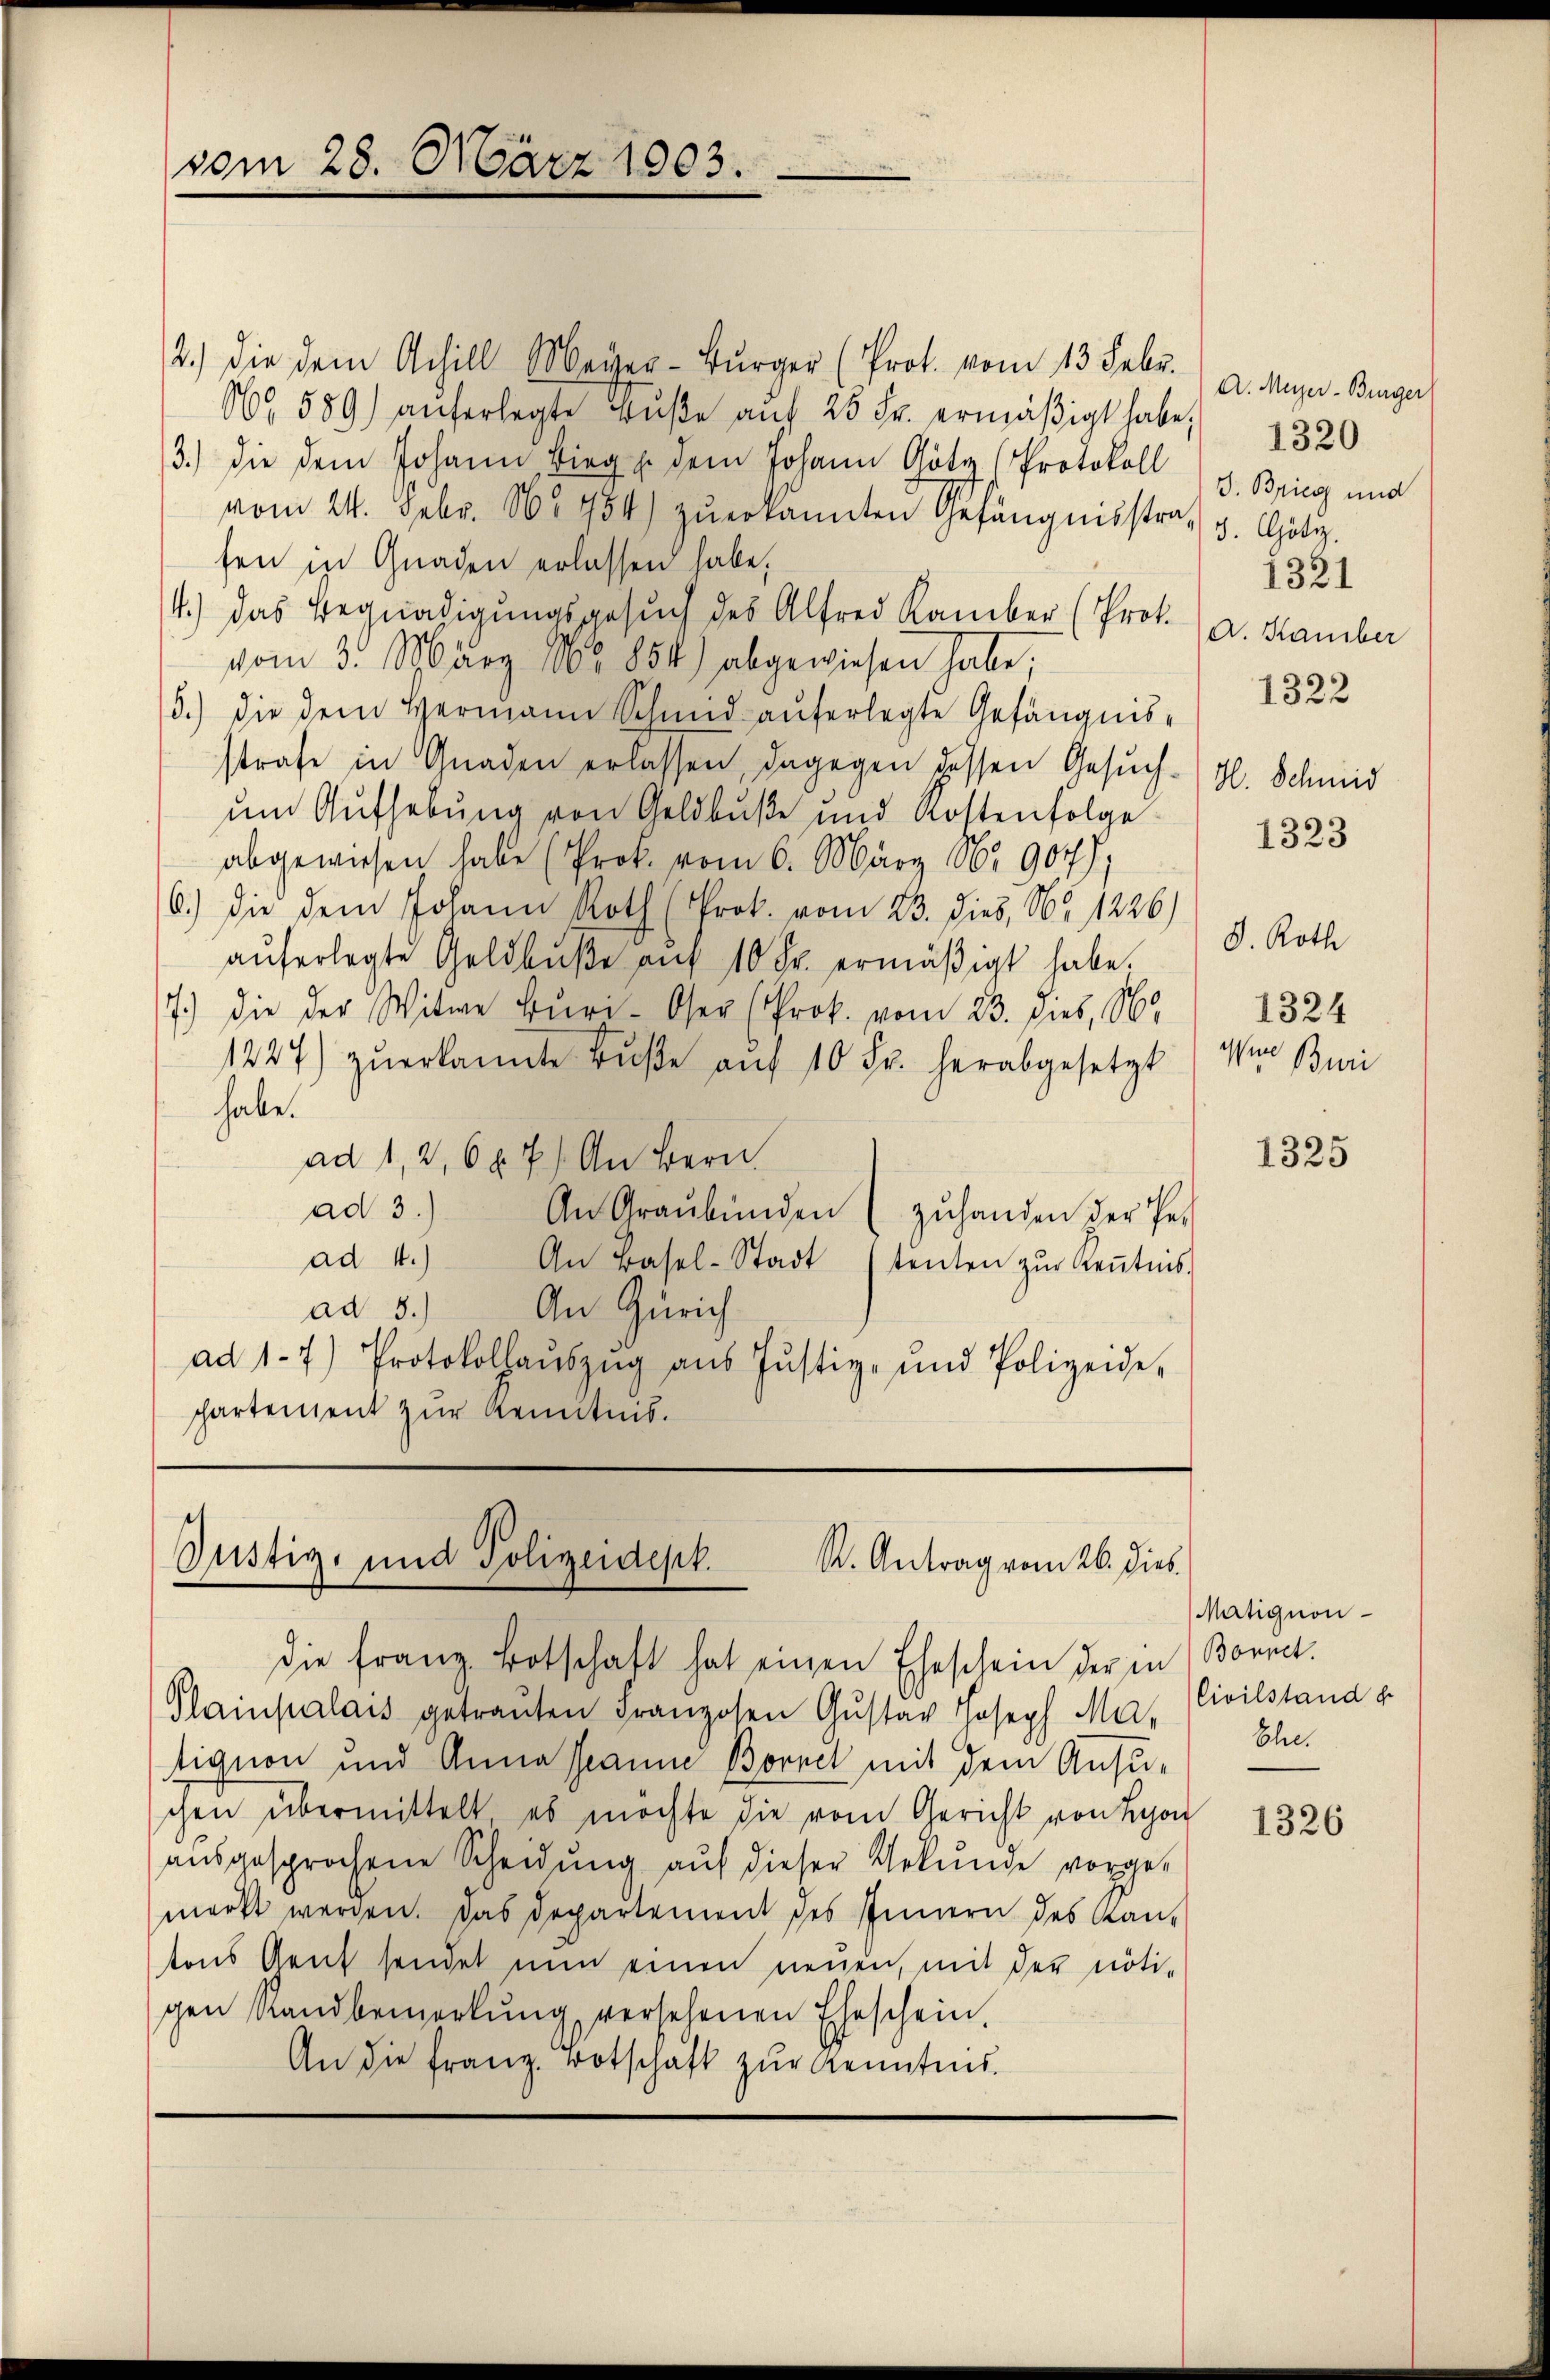
vom 28. März 1903.

2.) Die dem Achill Meyer-Bürger (Prot. vom 13. Febr.
N 589) auferlegte Bŭβe aŭf 25 Fr. ermäßigt habe,
3.) die dem Johann Bieg u. dem Johann Götz (Protokoll z. Brieg und
vom 24. Febr. 1754) zŭerkannten Gefängnisstrat v. Götz-
fen in Gnaden erlassen habe.
4.) Das Begnadigungsgesuch des Alfred Kamber (Prot.
vom 3. März 1865 854) abgewiesen habe,
5.) die dem Hermann Schend aŭferlegte Gefängnis-
strafe in Gnaden erlassen, dagegen dessen Gesuchum Aufhebung von Geldbuße und Kostenfolge
abgewiesen habe (Prok. vom 6. März 1907).
6.) Die dem Johann Roth (Prok. vom 23. dies, No 1226)
aŭferlegte Geldbŭβe aŭf 10 Fr. ermäßigt habe.
7.) Die der Witwe Buri-Oser (Prok. vom 23. dies, 188
1227) zŭerkannte Bŭβe aŭf 10 Fr. herabgesetzt
habe.
ad 1, 2, 6 x 7) An Bern
ad 3.)
An Graubünden (zŭhanden der Per
ad 4.) An Basel-Stadt tenten zŭr Keṅtnis.
ad 3.) An Zürich
ad 17) Protokollaŭszŭg aŭs Jŭstiz- und Polizeide-
chartement zur Kenntnis.

Justiz- und Polizeidest.
R. Antrag vom 26. dies

die franz Botschaft hat einen Eheschein der in Bornet.
Plainpalais getrauten Franzosen Gustav Joseph Ma-
tignon und Anna sanne Bornel mit dem Ansu-
chen übermittelt es möchte die vom Gericht von Lyon
aŭsgesprochene Scheidung aŭf dieser Gekŭnde vorge-
merkt werden. Das Departement des Innern des Kan-
tons Gent sendet nun einen neuen, mit der noti-
gen Sandbemerkŭng versehenen Eheschein,
An die franz. Botschaft zur Kenntnis.

A. Meyer-Bürger
1320
1321
A. Kamber
1322
H. Schmid
1323

S. Roth
1324
Wien Buri

1325

Matignon¬
Civilstand d
Ehe.

1326